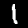
Label: 1